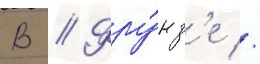
В // Фру́нз'е //